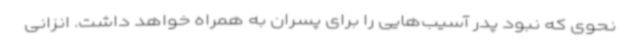
نحوی که نبود پدر آسیب‌هایی را برای پسران به همراه خواهد داشت. انزانی